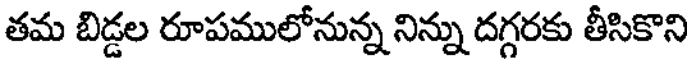
తమ బిడ్డల రూపములోనున్న నిన్ను దగ్గరకు తీసికొని